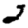
Digit: 2